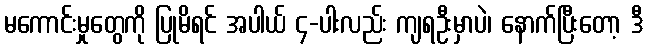
မကောင်းမှုတွေကို ပြုမိရင် အပါယ် ၄-ပါးလည်း ကျရဦးမှာပဲ၊ နောက်ပြီးတော့ ဒီ